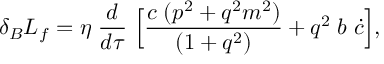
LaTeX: \delta _ { B } L _ { f } = \eta \; \frac { d } { d \tau } \; \Bigl [ \frac { c \; ( p ^ { 2 } + q ^ { 2 } m ^ { 2 } ) } { ( 1 + q ^ { 2 } ) } + q ^ { 2 } \; b \; \dot { c } \Bigr ] ,